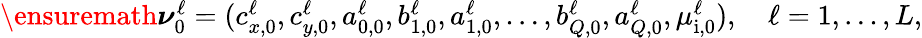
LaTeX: \begin{array}{r}{\ensuremath{\boldsymbol\nu}_{0}^{\ell}=(c_{x,0}^{\ell},c_{y,0}^{\ell},a_{0,0}^{\ell},b_{1,0}^{\ell},a_{1,0}^{\ell},\ldots,b_{Q,0}^{\ell},a_{Q,0}^{\ell},\mu_{\mathrm{i,0}}^{\ell}),\quad\ell=1,\ldots,L,}\end{array}